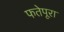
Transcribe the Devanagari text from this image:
फतेपूरा